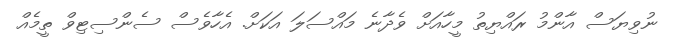
ނުވިޔަސް އާންމު ރައްޔިތު މީހާއަށް ވެދާނެ މައްސަލަ އަކަށް. އެހާވެސް ސެންސިޓިވް ތީމެއް